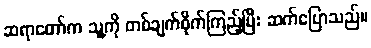
ဆရာတော်က သူ့ကို တစ်ချက်စိုက်ကြည့်ပြီး ဆက်ပြောသည်။